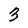
Character: 3